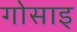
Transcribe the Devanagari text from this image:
गोसाइ